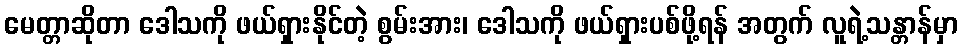
မေတ္တာဆိုတာ ဒေါသကို ဖယ်ရှားနိုင်တဲ့ စွမ်းအား၊ ဒေါသကို ဖယ်ရှားပစ်ဖို့ရန် အတွက် လူရဲ့သန္တာန်မှာ